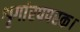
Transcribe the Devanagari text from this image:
शृगांरपपरक।